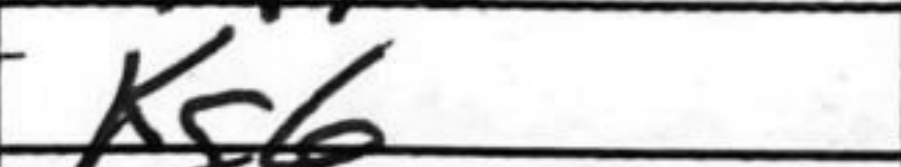
Transcription: Kg6